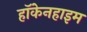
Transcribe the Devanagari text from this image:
हॉकेनहाइम